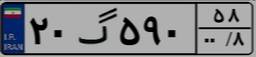
۷۶گ۱۵۵۰۵